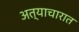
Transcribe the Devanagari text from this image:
अत्याचारात